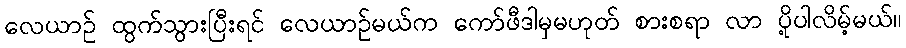
လေယာဉ် ထွက်သွားပြီးရင် လေယာဉ်မယ်က ကော်ဖီဒါမှမဟုတ် စားစရာ လာ ပို့ပါလိမ့်မယ်။